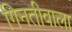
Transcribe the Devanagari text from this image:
गिनतीवाला